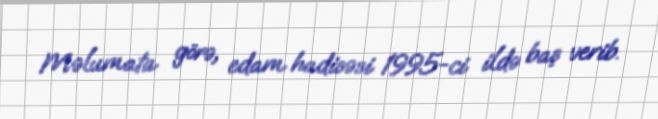
Məlumata görə, edam hadisəsi 1995-ci ildə baş verib.